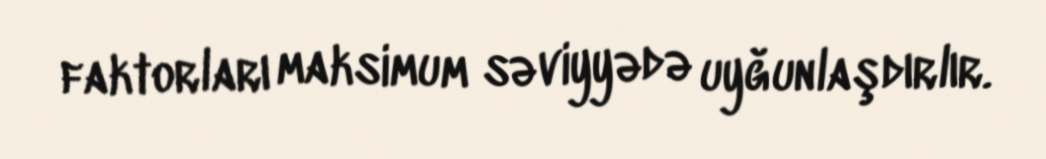
faktorları maksimum səviyyədə uyğunlaşdırlır.